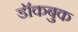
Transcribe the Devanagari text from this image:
डॉकबुक